system: You are a helpful assistant.
user:
Analyze the provided spectrum to determine if it is a **White Dwarf (WD)**.

A White Dwarf spectrum is defined by its **extreme purity** (due to gravitational settling) and/or **extreme pressure broadening** (due to high surface gravity). You must check for one of the following mutually exclusive signatures:

- **Key Visual Indicators (Check for ONE of these types):**

    - **1. DA-Type Signature (Most Common):**
        - **(Primary Feature):** Extreme pressure broadening (Stark broadening) of the **Hydrogen (H) Balmer lines**.
        - **(Key Lines):** $H\beta$ (approx. $4861$ Å) and $H\gamma$ (approx. $4340$ Å). $H\alpha$ (approx. $6563$ Å) will also be present if the wavelength range covers it.
        - **(Line Profile):** This is the **defining feature**. The lines are **NOT** sharp. They appear as massive, **extremely broad and deep "troughs" or "dips"** in the spectrum, often hundreds of Ångströms wide. The continuum will appear to "scoop" down at these wavelengths.
        - **(Distinction):** Normal A-type or B-type stars have *narrow* and *sharp* Hydrogen lines. A DA White Dwarf's lines are unmistakably "smeared" or "blurry" from pressure.

    - **2. DB-Type Signature:**
        - **(Primary Feature):** Broad absorption lines from **Neutral Helium (He I)**. The spectrum must lack any visible Hydrogen lines.
        - **(Key Lines):** Look for broad absorption near $4471$ Å, $4921$ Å, and $5876$ Å.
        - **(Line Profile):** These lines are also significantly pressure-broadened, appearing much wider than they would in a normal B-type main-sequence star.

    - **3. DC-Type Signature:**
        - **(Primary Feature):** A **featureless continuous spectrum**.
        - **(Line Profile):** The spectrum is a smooth curve with **no significant absorption or emission lines**.
        - **(Key Confirmation):** The continuum is almost always **blue or white**, indicating a hot object. This signature implies the atmosphere is so pure (or so cool) that no spectral lines are visible in the optical range. Its WD identity is confirmed by its extremely low intrinsic brightness (high absolute magnitude).

    - **4. DZ-Type Signature (Metal-Polluted):**
        - **(Primary Feature):** **Isolated, narrow metal absorption lines** on an otherwise featureless (DC-like) continuum.
        - **(Key Lines):** The **Calcium (Ca II) H & K doublet** (approx. **$3934$ Å** and **$3968$ Å**) is the most common and defining feature.
        - **(Line Profile):** These lines are "out of place." They are *not* part of a "forest" of thousands of lines. This signature is evidence of recent *accretion* (pollution) from rocky debris.
        - **(Distinction):** Normal G/K/M stars have a *dense forest* of thousands of metal lines. A DZ has a *clean* continuum with *only a few* strong metal lines.

    - **5. DQ-Type Signature (Carbon-Polluted):**
        - **(Primary Feature):** Absorption bands from **Carbon (C₂ "Swan Bands" or atomic C I)**.
        - **(Key Lines - C₂):** Look for bandheads with a "saw-tooth" shape near $5635$ Å, **$5165$ Å** (strongest), and $4737$ Å.
        - **(Key Confirmation):** The underlying **continuum must be blue or white** (hot).
        - **(Distinction):** This is the critical difference from a **Carbon Star**, which has the *exact same* C₂ bands but on an extremely **red, cool** continuum.

- **(Overall Spectrum):**
    - The continuum (overall shape) is typically **blue-sloping** (brighter in the blue than the red), as most white dwarfs are very hot.
    - The spectrum will look "pure" or "simple," dominated by only *one* of the five signatures listed above.

Think first, call **spectral_visualization_tool** if needed to examine features in detail, then provide your final answer. Your response must adhere to the following strict rules:
1.  **Overall Structure:** Your response must follow the format `<think>...</think> <tool_call>...</tool_call> (if a tool is used) <answer>...</answer>`.
2.  **Tool Usage Constraint:** You may only make **one** tool call per turn.
3.  **Final Answer Format:** In the `<answer>` tag, your conclusion must be inside a `\boxed{}` command (e.g., `\boxed{YES}` or `\boxed{NO}`), followed by your justification.

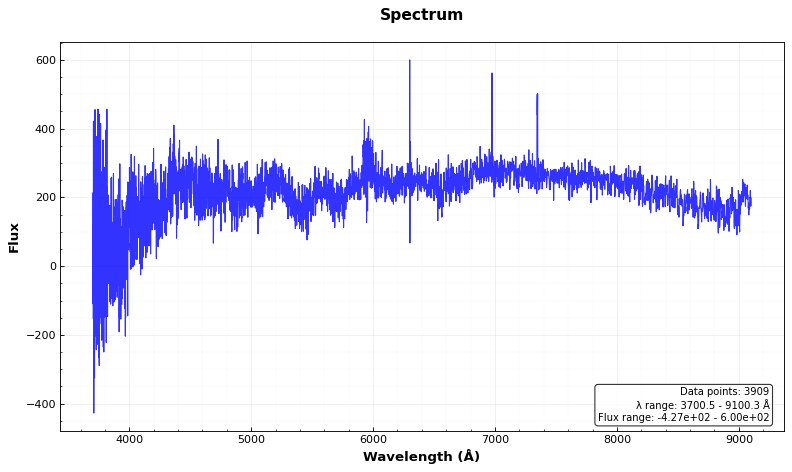
Answer: NO